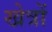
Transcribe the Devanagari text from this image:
खेत्रों